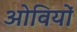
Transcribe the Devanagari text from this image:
ओवियों